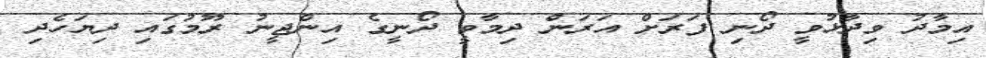
އިމާދު ވިދާޅުވީ ދޯނި ފަރަށް އަރަން ދިމާވީ ދޯނީގެ އިންޖީނު ރޫމުގައި ދިޔަހެދި